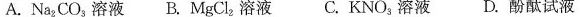
A.Na_{2}CO_{3}溶液B.MgCl_{2}溶液C.KNO_{3}溶液D.酚酞试液